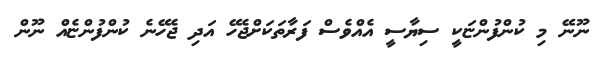
ނޫނޭ މި ކުންފުންޏަކީ ސިޔާސީ އެއްވެސް ފަރާތަކަށްޖެހޭ އަދި ޖެހޭނެ ކުންފުންޏެއް ނޫން